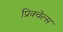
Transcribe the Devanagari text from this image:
प्रिक्वेल्स